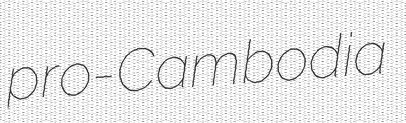
pro-Cambodia